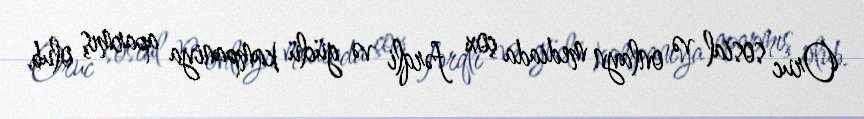
Oruc sosial və onlayn mediada çox fərqli və güclü kampaniya aparmış olub.